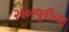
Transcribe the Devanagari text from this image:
२००९पूर्वीच्या